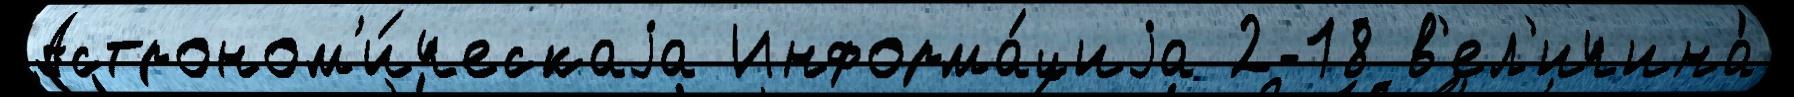
Астроном'и́ческаjа Информа́циjа 2-18 в'ел'ичина́